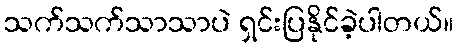
သက်သက်သာသာပဲ ရှင်းပြနိုင်ခဲ့ပါတယ်။